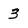
Character: 3